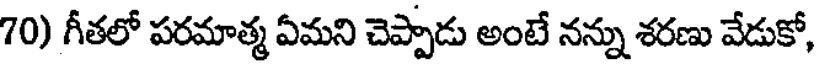
70) గీతలో పరమాత్మ ఏమని చెప్పాడు అంటే నన్ను శరణు వేడుకో,